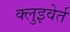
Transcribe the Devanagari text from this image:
क्लुइवेर्त